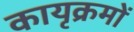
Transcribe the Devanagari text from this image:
कायृक्रमों